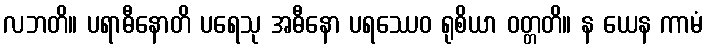
လဘတိ။ ပရာဓီနောတိ ပရေသု အဓီနော ပရဿေဝ ရုစိယာ ဝတ္တတိ။ န ယေန ကာမံ